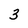
Character: 3